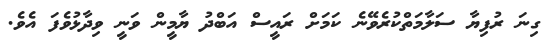
ގިނަ ރުފިޔާ ސަލާމަތްކުރެވޭނެ ކަމަށް ރައީސް އަބްދު ޔާމީން ވަނީ ވިދާޅުވެފަ އެވެ.